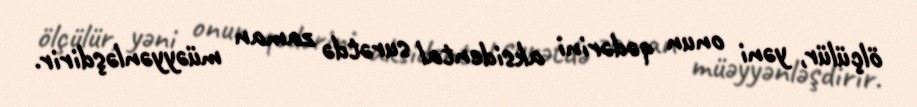
ölçülür, yəni onun qədərini aksidental surətdə zaman müəyyənləşdirir.